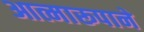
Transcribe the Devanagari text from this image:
आत्मारूपाने